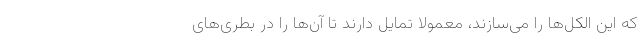
که این الکل‌ها را می‌سازند، معمولا تمایل دارند تا آن‌ها را در بطری‌های